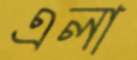
এলা